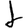
Digit: 1